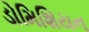
ડોમિશિયન